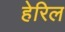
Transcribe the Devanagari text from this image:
हेरिल